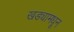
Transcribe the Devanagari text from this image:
खड्यामधून